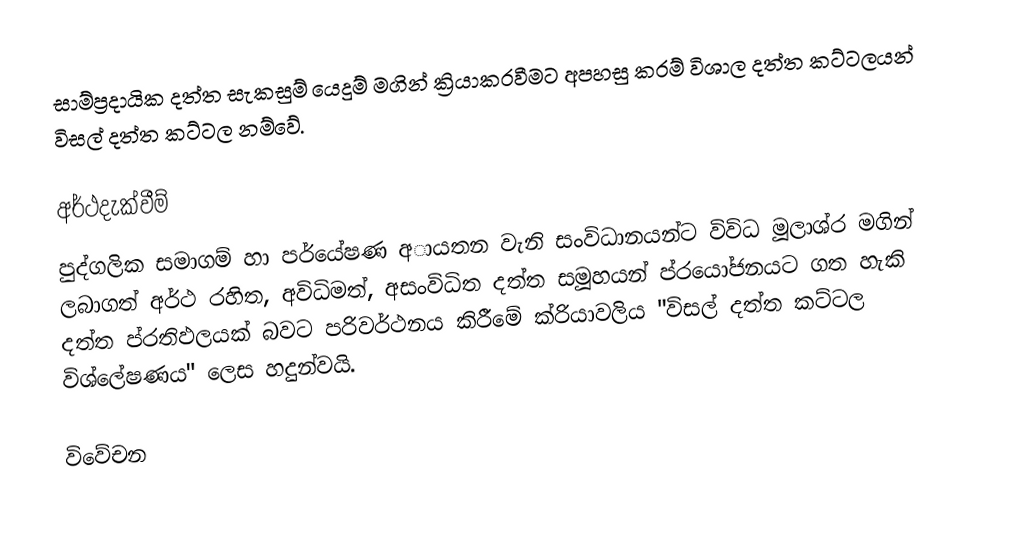
සාම්ප්‍රදායික දත්ත සැකසුම් යෙදුම් මගින් ක්‍රියාකරවීමට අපහසු කරම් විශාල දත්ත කට්ටලයන් විසල් දත්ත කට්ටල නම්වේ.

අර්ථදැක්වීම්
පුද්ගලික සමාගම් හා පර්යේෂණ අායතන වැනි සංවිධානයන්ට විවිධ මූලාශ්ර මගින් ලබාගත් අර්ථ රහිත, අවිධිමත්, අසංවිධිත දත්ත සමූහයන් ප්රයෝජනයට ගත හැකි දත්ත ප්රතිඵලයක් බවට පරිවර්ථනය කිරීමේ ක්රියාවලිය "විසල් දත්ත කට්ටල විශ්ලේෂණය" ලෙස හදුන්වයි.

විවේචන